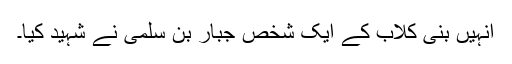
انہیں بنی کلاب کے ایک شخص جبار بن سلمیٰ نے شہید کیا۔